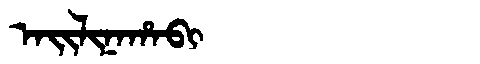
Manchu: ᠠᡳᠯᡳᠨᠠᡥᠠᠪᡳ
Romanization: AILINAHABI